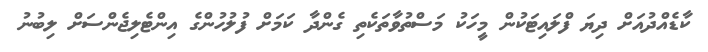
ކާޑެއްދުއަށް ދިޔަ ފްލައިޓަކުން މީހަކު މަސްތުވާތަކެތި ގެންދާ ކަމަށް ފުލުހުންގެ އިންޓެލިޖެންސަށް ލިބުނު